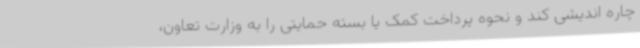
چاره اندیشی کند و نحوه پرداخت کمک یا بسته حمایتی را به وزارت تعاون،